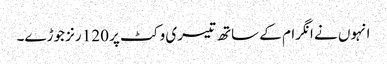
انہوں نے انگرام کے ساتھ تیسری وکٹ پر 120 رنز جوڑے۔